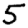
Digit: 5